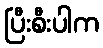
ပြီးစီးပါက